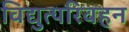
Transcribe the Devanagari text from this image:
विद्युत्परिवहन